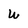
Character: W